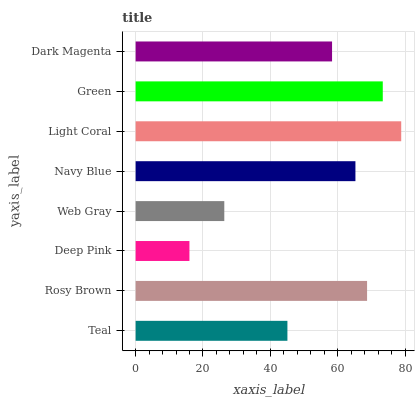
| yaxis_label | bars |
 | --- | --- |
 | Teal | 45.1 |
 | Rosy Brown | 68.7 |
 | Deep Pink | 16 |
 | Web Gray | 26.3 |
 | Navy Blue | 65.3 |
 | Light Coral | 78.8 |
 | Green | 73.4 |
 | Dark Magenta | 58.3 |